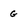
Character: G